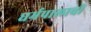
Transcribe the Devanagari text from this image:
धर्मपालाची